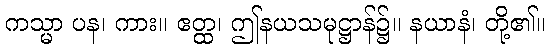
ကသ္မာ ပန၊ ကား။ ဧတ္ထ၊ ဤနယသမုဋ္ဌာန်၌။ နယာနံ၊ တို့၏။